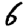
Digit: 6